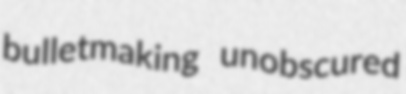
bulletmaking unobscured